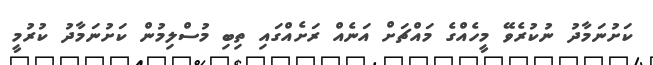
ކަށުނަމާދު ނުކުރެވޭ މީހެއްގެ މައްޗަށް އަނެއް ރަށެއްގައި ތިބި މުސްލިމުން ކަށުނަމާދު ކުރުމީ